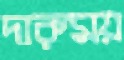
দারুময়